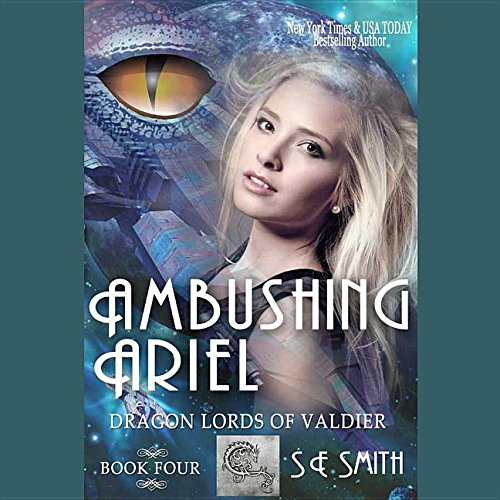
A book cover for Ambushing Ariel  (Dragon Lords of Valdier Series, Book 4); S. E. Smith; Romance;